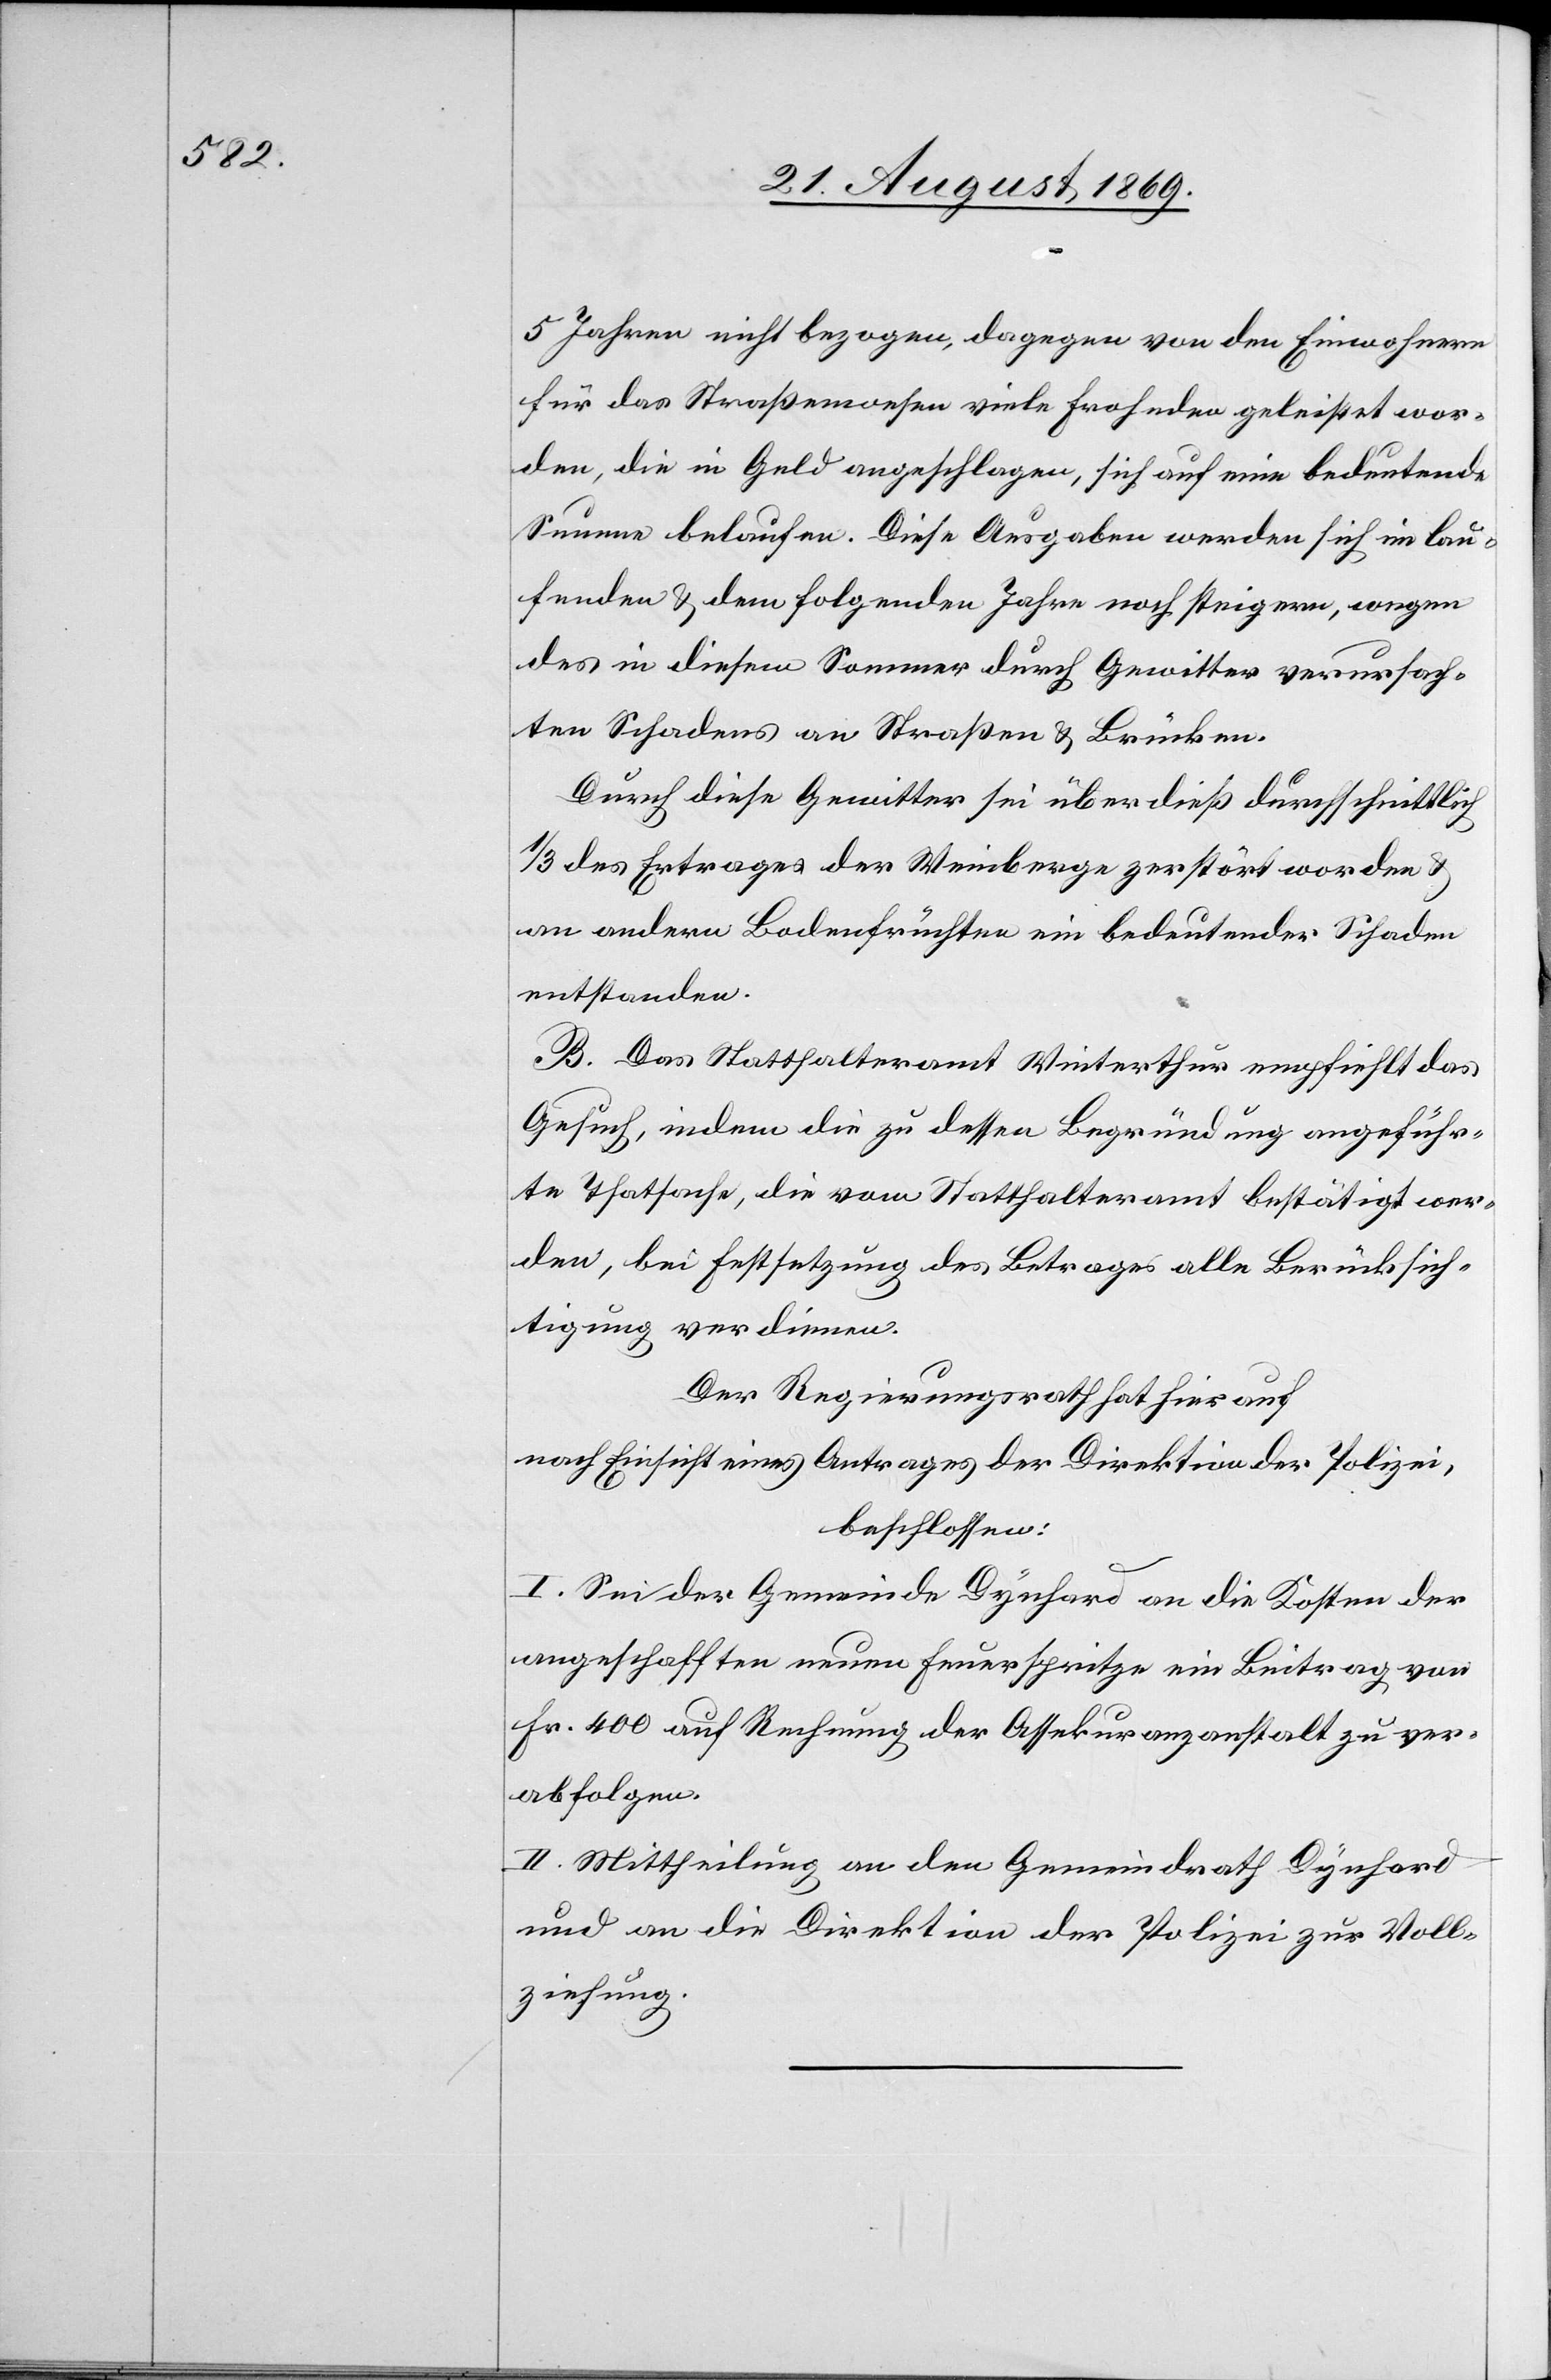
5 Jahren nicht bezogen, dagegen von den Einwohnern
für das Straßenwesen viele Frohnden geleistet wor¬
den, die in Geld angeschlagen, sich auf eine bedeutende
Summe belaufen. Diese Ausgaben werden sich im lau¬
fenden & dem folgenden Jahre noch steigern, wegen
des in diesem Sommer durch Gewitter verursach¬
ten Schadens an Straßen & Brücken.
Durch diese Gewitter sei überdieß durchschnittlich
1/3 des Ertrages der Weinberge zerstört worden &
an andern Bodenfrüchten ein bedeutender Schaden
entstanden.
B. Das Statthalteramt Winterthur empfiehlt das
Gesuch, indem die zu dessen Begründung angeführ¬
te Thatsache[n], die vom Statthalteramt bestätigt wer¬
den, bei Festsetzung des Betrages alle Berücksich¬
tigung verdienen.
Der Regierungsrath hat hierauf
nach Einsicht eines Antrages der Direktion der Polizei,
beschlossen:
I. Sei der Gemeinde Dynhard an die Kosten der
angeschafften neuen Feuerspritze ein Beitrag von
Fr. 400 auf Rechnung der Assekuranzanstalt zu ver¬
abfolgen.
II. Mittheilung an den Gemeindrath Dynhard
und an die Direktion der Polizei zur Voll¬
ziehung.